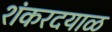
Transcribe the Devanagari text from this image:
शंकरदयाळ